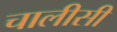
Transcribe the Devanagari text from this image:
चालीसी